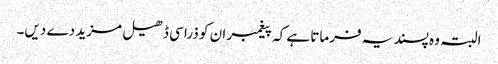
البتہ وہ پسند یہ فرماتا ہے کہ پیغمبر ان کو ذرا سی ڈھیل مزید دے دیں۔